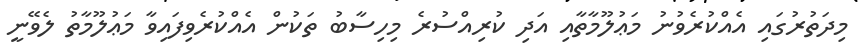
މިދަތުރުގައި އެއްކުރެވުނު މަޢުލޫމާތާއި އަދި ކުރިއްސުރެ މިހިސާބު ތަކުން އެއްކުރެވިފައިވާ މަޢުލޫމާތު ލެވޭނީ